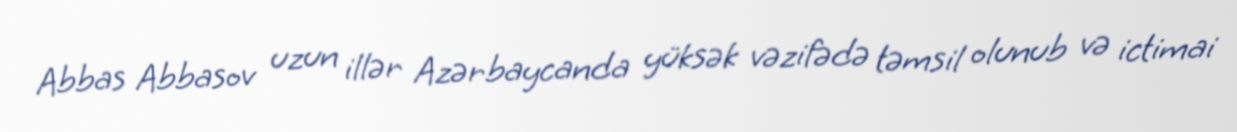
Abbas Abbasov uzun illər Azərbaycanda yüksək vəzifədə təmsil olunub və ictimai